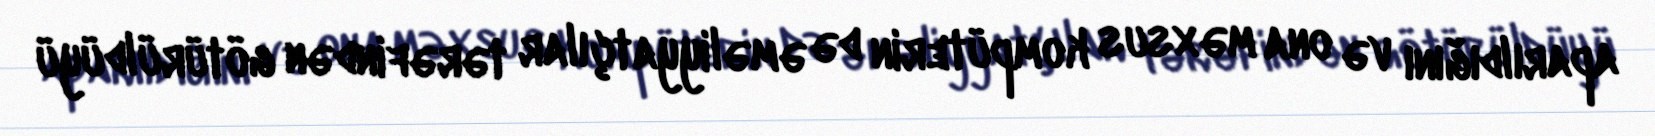
aparıldığını və ona məxsus kompüterin də əməliyyatçılar tərəfindən götürüldüyü